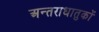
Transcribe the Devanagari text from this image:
अन्तराधातुकों